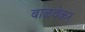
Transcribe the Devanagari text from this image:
बाळवेकर